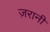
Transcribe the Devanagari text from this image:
ज़रानी